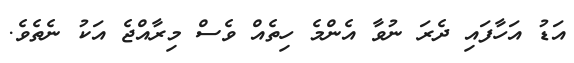
އަޑު އަހާފައި ދެރަ ނުވާ އެންމެ ހިތެއް ވެސް މިރާއްޖެ އަކު ނެތެވެ.